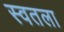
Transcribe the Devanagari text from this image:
स्वतला